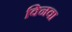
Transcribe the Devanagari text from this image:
क्निवा